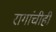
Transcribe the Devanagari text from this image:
रागांचीही